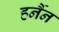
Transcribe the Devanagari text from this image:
हर्नैन